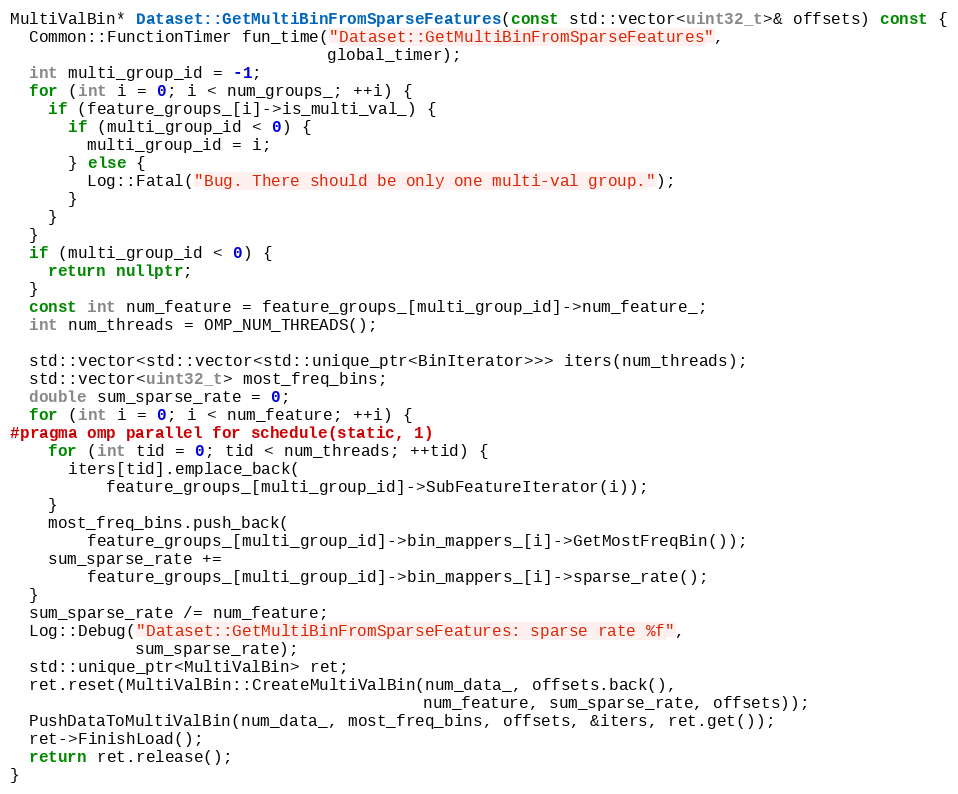
Language: C++
MultiValBin* Dataset::GetMultiBinFromSparseFeatures(const std::vector<uint32_t>& offsets) const {
  Common::FunctionTimer fun_time("Dataset::GetMultiBinFromSparseFeatures",
                                 global_timer);
  int multi_group_id = -1;
  for (int i = 0; i < num_groups_; ++i) {
    if (feature_groups_[i]->is_multi_val_) {
      if (multi_group_id < 0) {
        multi_group_id = i;
      } else {
        Log::Fatal("Bug. There should be only one multi-val group.");
      }
    }
  }
  if (multi_group_id < 0) {
    return nullptr;
  }
  const int num_feature = feature_groups_[multi_group_id]->num_feature_;
  int num_threads = OMP_NUM_THREADS();

  std::vector<std::vector<std::unique_ptr<BinIterator>>> iters(num_threads);
  std::vector<uint32_t> most_freq_bins;
  double sum_sparse_rate = 0;
  for (int i = 0; i < num_feature; ++i) {
#pragma omp parallel for schedule(static, 1)
    for (int tid = 0; tid < num_threads; ++tid) {
      iters[tid].emplace_back(
          feature_groups_[multi_group_id]->SubFeatureIterator(i));
    }
    most_freq_bins.push_back(
        feature_groups_[multi_group_id]->bin_mappers_[i]->GetMostFreqBin());
    sum_sparse_rate +=
        feature_groups_[multi_group_id]->bin_mappers_[i]->sparse_rate();
  }
  sum_sparse_rate /= num_feature;
  Log::Debug("Dataset::GetMultiBinFromSparseFeatures: sparse rate %f",
             sum_sparse_rate);
  std::unique_ptr<MultiValBin> ret;
  ret.reset(MultiValBin::CreateMultiValBin(num_data_, offsets.back(),
                                           num_feature, sum_sparse_rate, offsets));
  PushDataToMultiValBin(num_data_, most_freq_bins, offsets, &iters, ret.get());
  ret->FinishLoad();
  return ret.release();
}